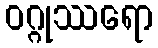
ဝဂ္ဂုဿရော